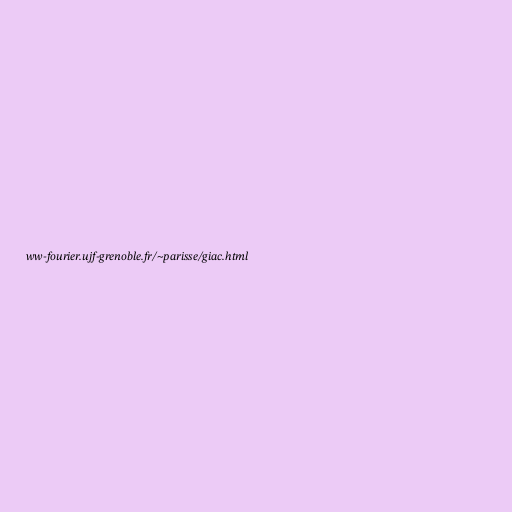
ww-fourier.ujf-grenoble.fr/~parisse/giac.html